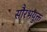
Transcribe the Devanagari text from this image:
सौरभयुक्त